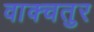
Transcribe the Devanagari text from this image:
वाक्चतुर